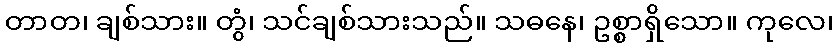
တာတ၊ ချစ်သား။ တွံ၊ သင်ချစ်သားသည်။ သဓနေ၊ ဥစ္စာရှိသော။ ကုလေ၊